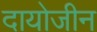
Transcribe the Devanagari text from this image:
दायोजीन